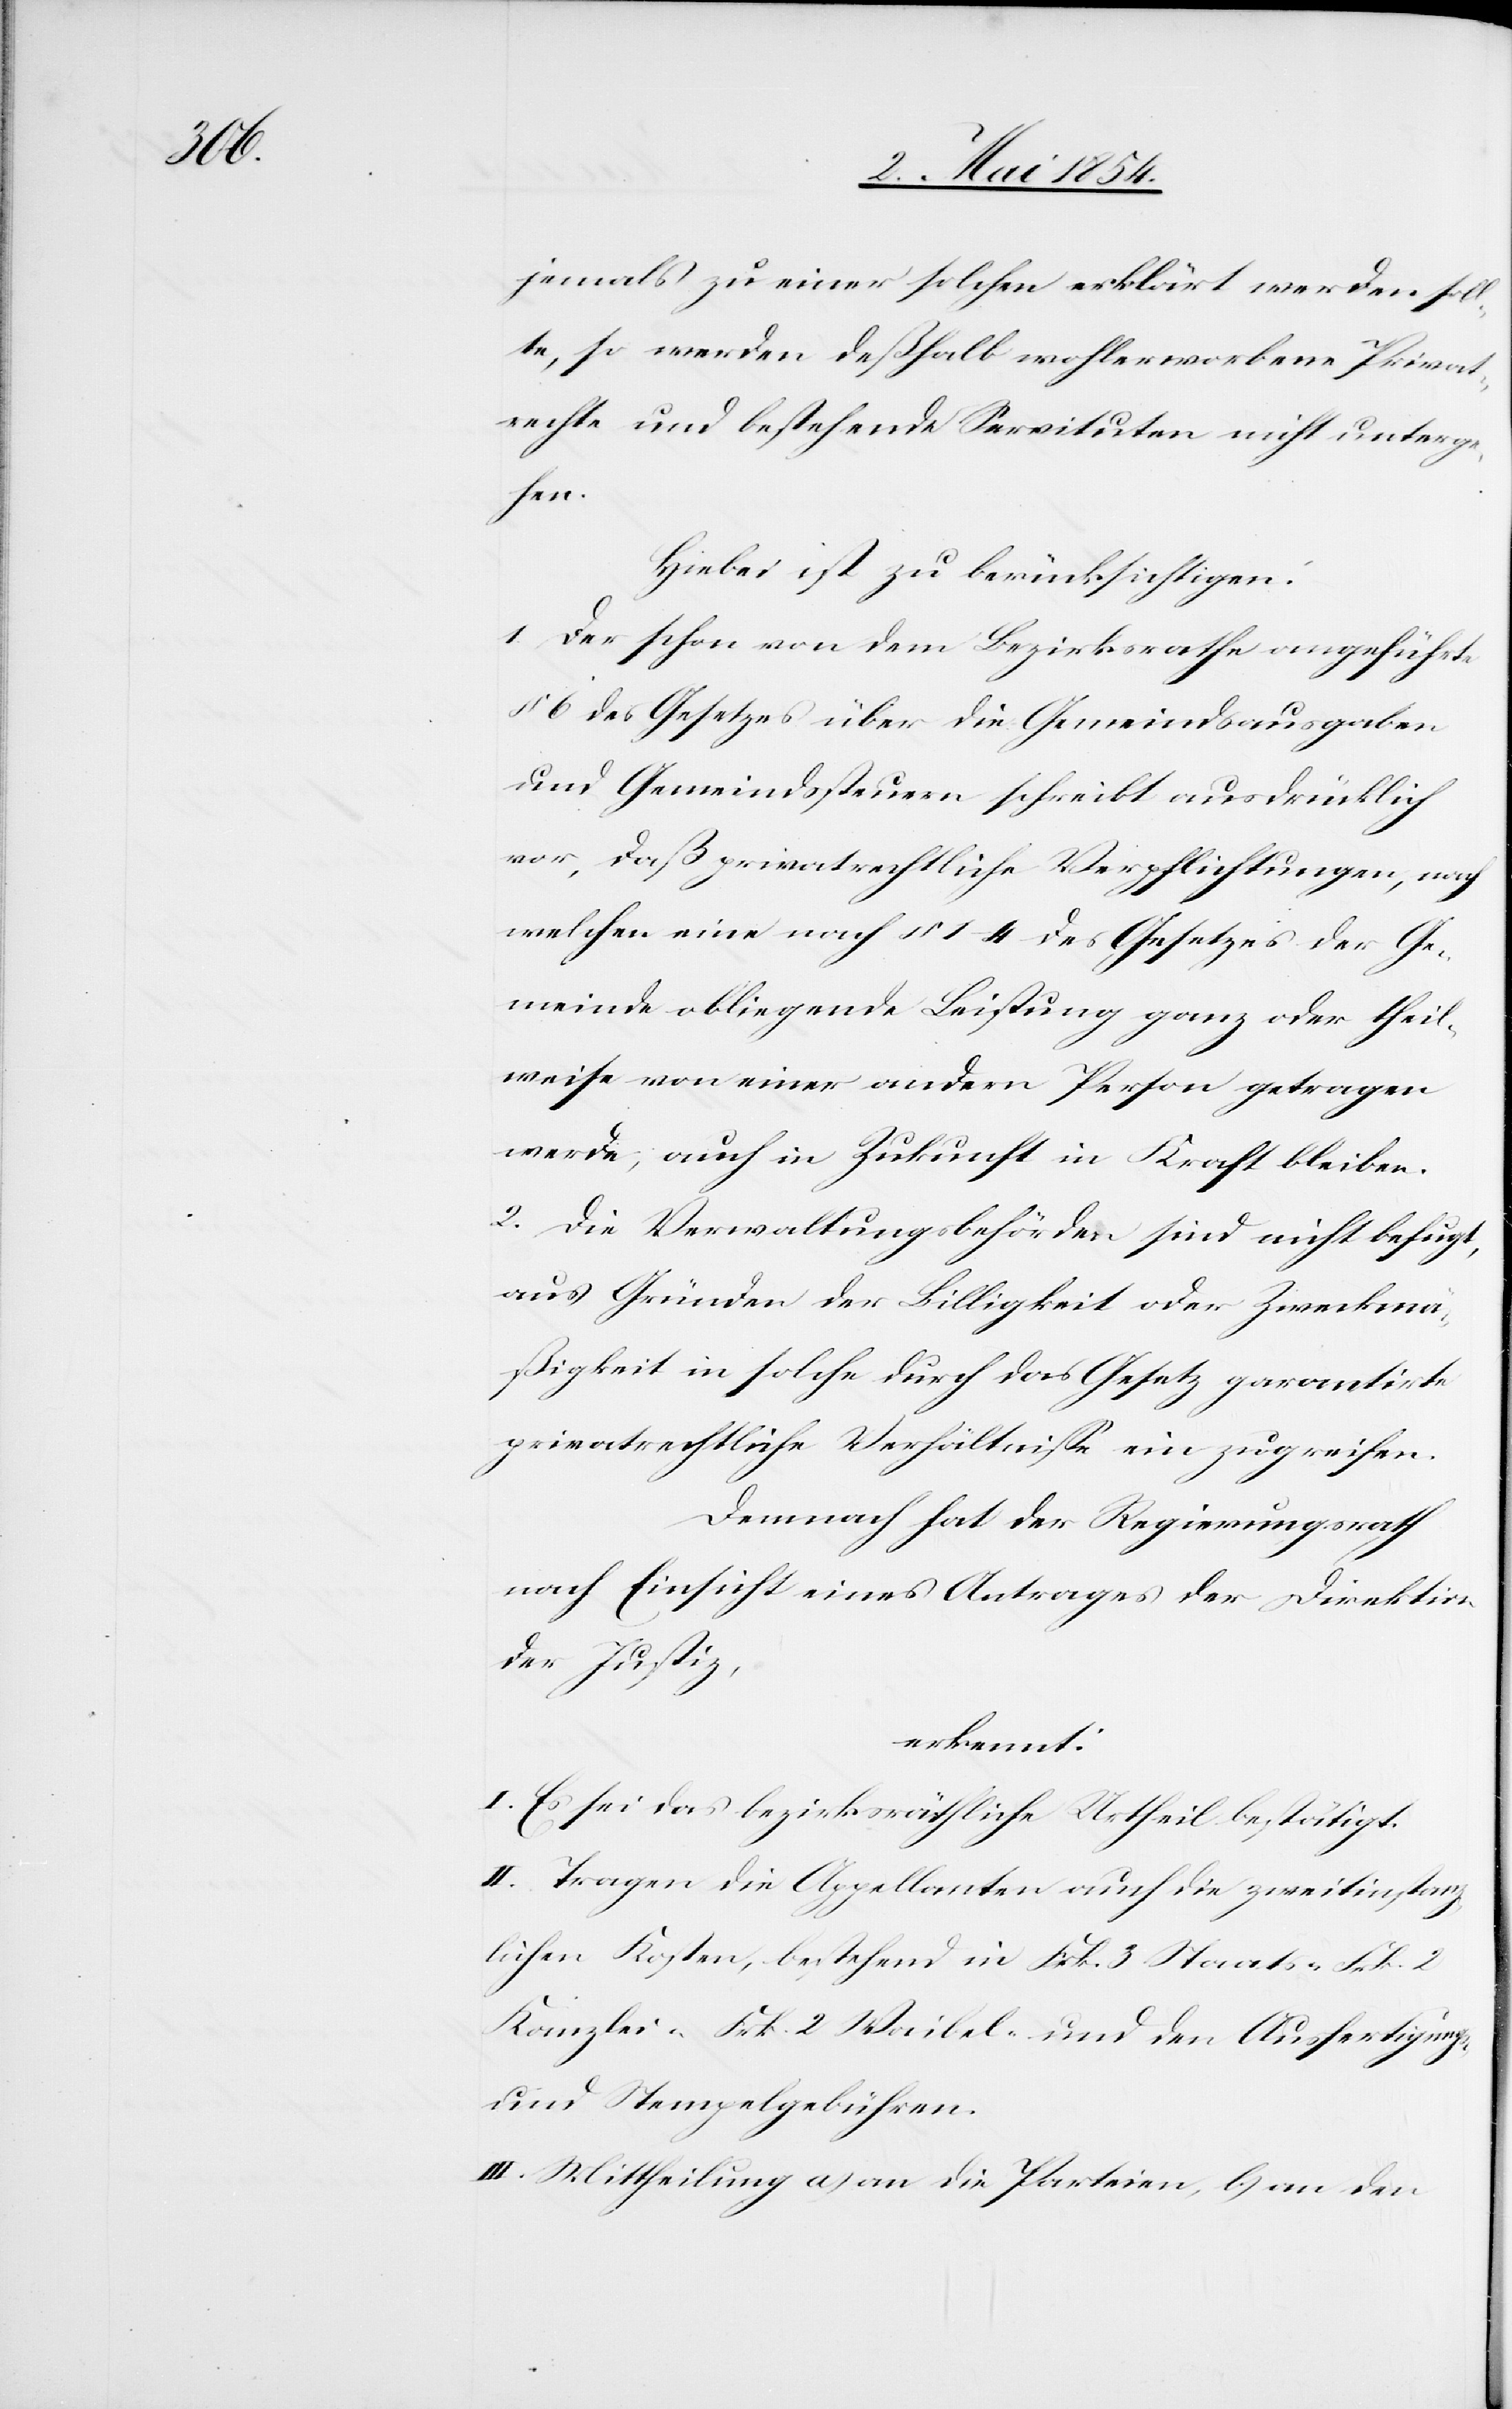
jemals zu einer solchen erklärt werden soll¬
te, so werden deßhalb wohlerworbene Privat¬
rechte und bestehende Servituten nicht unterge¬
hen.
Hiebei ist zu berücksichtigen:
1. Der schon von dem Bezirksrathe angeführte
§ 6 des Gesetzes über die Gemeindsausgaben
und Gemeindssteuern schreibt ausdrücklich
vor, daß privatrechtliche Verpflichtungen, nach
welchen eine nach § 1–4 des Gesetzes der Ge¬
meinde obliegende Leistung ganz oder theil¬
weise von einer andern Person getragen
werde, auch in Zukunft in Kraft bleiben.
2. Die Verwaltungsbehörden sind nicht befugt,
aus Gründen der Billigkeit oder Zweckmä¬
ßigkeit in solche durch das Gesetz garantirte
privatrechtliche Verhältniße einzugreifen.
Demnach hat der Regierungsrath
nach Einsicht eines Antrages der Direktion
der Justiz,
erkennt:
I. Es sei das bezirksräthliche Urtheil bestätigt.
II. Tragen die Appellanten auch die zweitinstanz¬
lichen Kosten, bestehend in Frk. 3 Staats-[,] Frk. 2
Kanzlei-[,] Frk. 2 Waibel- und den Ausfertigungs-
und Stempelgebühren.
III. Mittheilung a) an die Parteien, b) an den